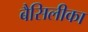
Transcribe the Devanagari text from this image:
बैसिलीका